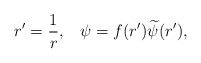
\begin{align*}r'={1\over r},\;\;\;\psi=f(r'){\widetilde{\psi}}(r'),\end{align*}